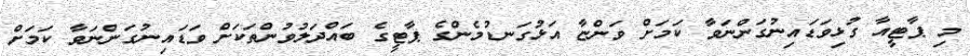
މި ޕާޓީއާ ގުޅިވަޑައިނުގަންނަވާ ކަމަށް ވަންޏާ އަޅުގަނޑުމެންގެ ޕާޓީގެ ބައްދަލުވުންތަކަށް ވަޑައިނުގަންނަވާ ކަމަށް